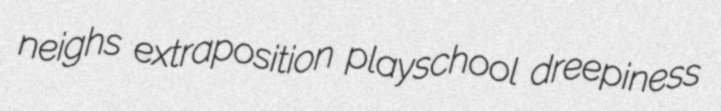
neighs extraposition playschool dreepiness